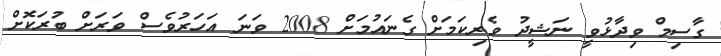
ގާސިމް ވިދާޅުވީ ނަޝީދު ވެރިކަމަށް ގެނައުމަށް 2008 ވަނަ އަހަރުވެސް ވަރަށް ބުރަކޮށް